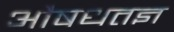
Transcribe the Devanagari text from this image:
औषधतज्ञ